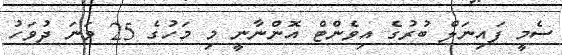
ސެމީ ފައިނަލް ބުރުގެ އިވެންޓް އޮންނާނީ މި މަހުގެ 25 ވަނަ ދުވަހު